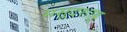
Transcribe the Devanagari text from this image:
मसूदशाह